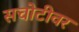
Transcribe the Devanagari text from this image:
सचोटीवर